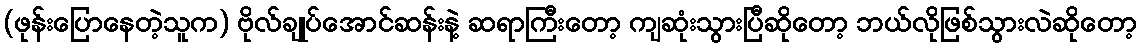
(ဖုန်းပြောနေတဲ့သူက) ဗိုလ်ချုပ်အောင်ဆန်းနဲ့ ဆရာကြီးတော့ ကျဆုံးသွားပြီဆိုတော့ ဘယ်လိုဖြစ်သွားလဲဆိုတော့